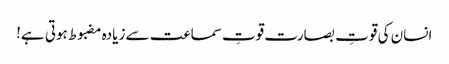
﻿ انسان کی قوتِ بصارت قوتِ سماعت سے زیادہ مضبوط ہوتی ہے!